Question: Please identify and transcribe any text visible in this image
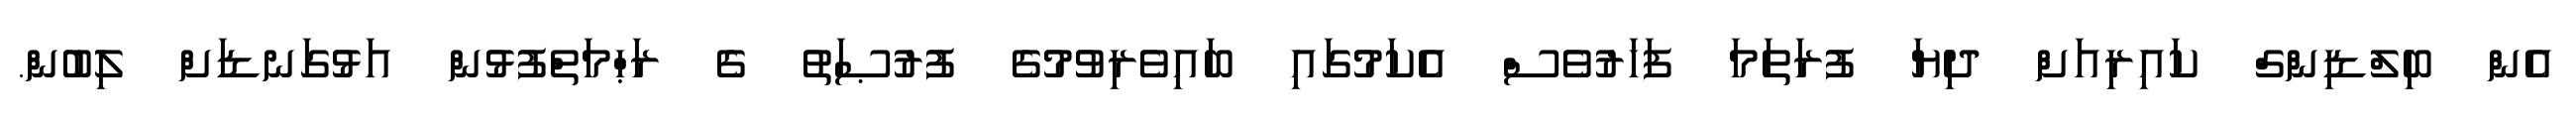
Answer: އެން ބިލްޑިންގް ކައިރިއަށް ދިޔަ ފުރަތަމަ ފަހަރުވެސް އެކަމުގައި ބައިވެރިވުމުގެ ފުރުޞަތު ގެ ރަޙްމަތްފުޅުން އަޅުގަނޑަށް ލިބުން.